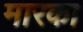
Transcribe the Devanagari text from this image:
मारका